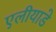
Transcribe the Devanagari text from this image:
एलीयाडे